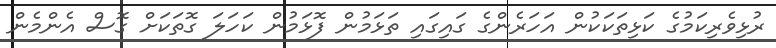
ރުޅިވެރިކަމުގެ ކަޅިތަކަކުން އަހަރެންގެ ގައިގައި ތަޅަމުން ފޮޅަމުން ކަހަލަ ގޮތަކަށް ގޮސް އެންމެން